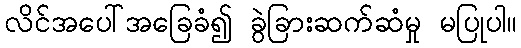
လိင်အပေါ်အခြေခံ၍ ခွဲခြားဆက်ဆံမှု မပြုပါ။